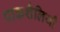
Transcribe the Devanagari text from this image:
पाकशैलियाँ